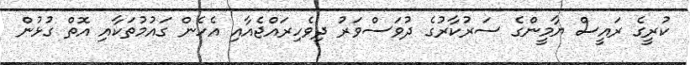
ކުރީގެ ރައީސް ޔާމީންގެ ސަރުކާރުގެ ދުވަސްވަރު ދިވެހިރައްޖެއާއި އެހެން ގައުމުތަކާއި އޮތް ގުޅުން